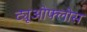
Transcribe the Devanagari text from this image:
ट्यूओफ्लोस